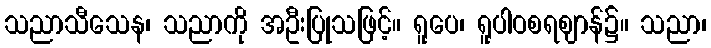
သညာသီသေန၊ သညာကို အဦးပြုသဖြင့်။ ရူပေ၊ ရူပါဝစရဈာန်၌။ သညာ၊